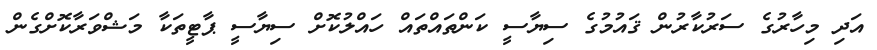
އަދި މިހާރުގެ ސަރުކާރުން ޤައުމުގެ ސިޔާސީ ކަންތައްތައް ހައްލުކޮށް ސިޔާސީ ޕާޓީތަކާ މަޝްވަރާކޮށްގެން